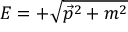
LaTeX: E = + { \sqrt { { \vec { p } } ^ { 2 } + m ^ { 2 } } }